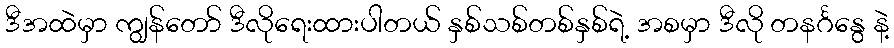
ဒီအထဲမှာ ကျွန်တော် ဒီလိုရေးထားပါတယ် နှစ်သစ်တစ်နှစ်ရဲ့ အစမှာ ဒီလို တနင်္ဂနွေ နဲ့